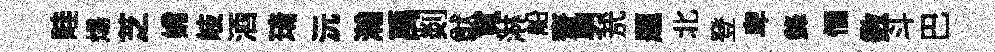
畦煬芝嫦岐酒𤦺沅瀚禹剡猷寬淋船齋男㢤题北登卑鋒愐数斗巴